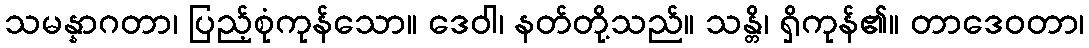
သမန္နာဂတာ၊ ပြည့်စုံကုန်သော။ ဒေဝါ၊ နတ်တို့သည်။ သန္တိ၊ ရှိကုန်၏။ တာဒေဝတာ၊